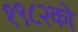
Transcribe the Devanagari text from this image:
१९८२को